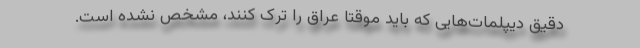
دقیق دیپلمات‌هایی که باید موقتاً عراق را ترک کنند، مشخص نشده است.